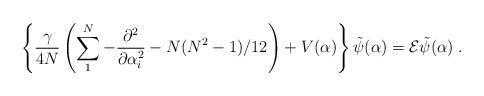
LaTeX: \begin{align*}\left\{\frac{\gamma}{4N}\left( \sum_1^N -\frac{\partial^2}{\partial\alpha_i^2}-N(N^2-1)/12\right)+V(\alpha)\right\}\tilde\psi(\alpha)={\cal E}\tilde\psi(\alpha) \; .\end{align*}